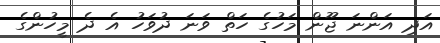
އަދި އަންނަ ޖޫން މަހުގެ ހަތް ވަނަ ދުވަހު އެ ދެ މީހުންގެ